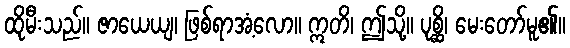
ထိုမီးသည်။ ဇာယေယျ၊ ဖြစ်ရာအံ့လော။ ဣတိ၊ ဤသို့။ ပုစ္ဆိ၊ မေးတော်မူ၏။